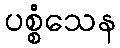
ပစ္စံသေန